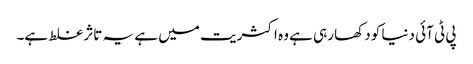
پی ٹی آئی دنیا کو دکھا رہی ہے وہ اکثریت میں ہے یہ تاثر غلط ہے۔